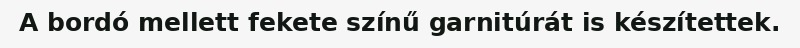
A bordó mellett fekete színű garnitúrát is készítettek.